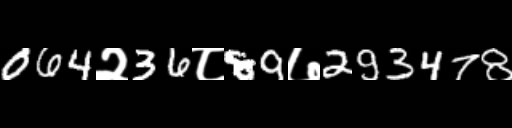
Text: 064२36८89७293478